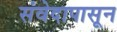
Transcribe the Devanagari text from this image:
संवेदापासून